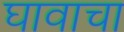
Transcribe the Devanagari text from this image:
घावाचा